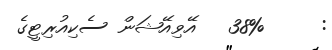
:     38%   އޭވިއޭޝަން ސެކިއުރިޓީގެ